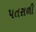
પતરાળી